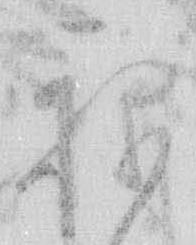
ね